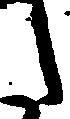
た